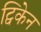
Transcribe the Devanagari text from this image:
ट्विकेन